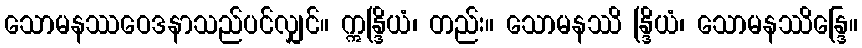
သောမနဿဝေဒနာသည်ပင်လျှင်။ ဣန္ဒြိယံ၊ တည်း။ သောမနဿိ န္ဒြိယံ၊ သောမနဿိန္ဒြေ။